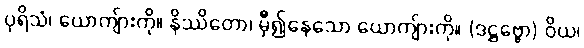
ပုရိသံ၊ ယောကျ်ားကို။ နိဿိတော၊ မှီ၍နေသော ယောကျ်ားကို။ (ဒဋ္ဌဗ္ဗော) ဝိယ၊